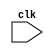
module behavioral_block (
    input wire clk,
    // other inputs/outputs
);

// Declare reg or wire variables here

always @(posedge clk, negedge clk) begin
    // Behavioral modeling code here
end

endmodule